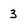
Character: 3